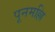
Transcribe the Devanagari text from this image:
पूनमल्लि